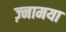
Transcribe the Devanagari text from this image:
ज़्नामया